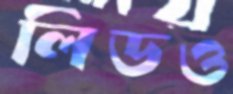
লিডও